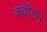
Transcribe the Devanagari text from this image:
क्‍वॉटम